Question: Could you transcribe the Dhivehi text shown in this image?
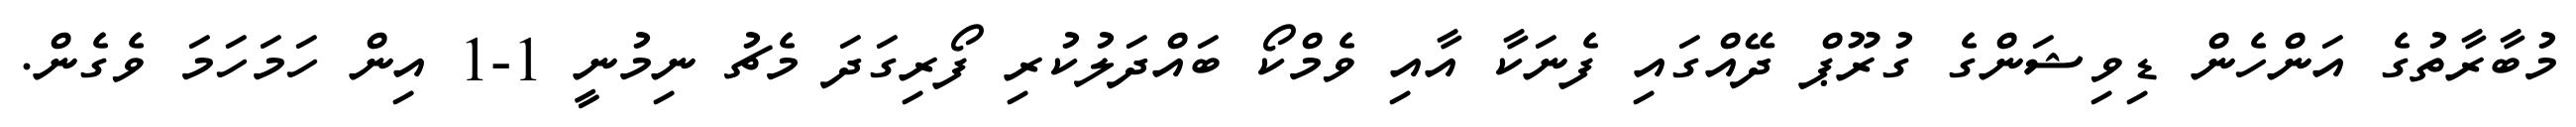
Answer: މުބާރާތުގެ އަންހެން ޑިވިޝަންގެ ގުރޫޕް ދޭއްގައި ފެނަކާ އާއި ވެމްކޯ ބައްދަލުކުރި ފޯރިގަދަ މެޗު ނިމުނީ 1-1 އިން ހަމަހަމަ ވެގެން.